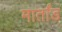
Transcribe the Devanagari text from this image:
मार्तांड